Report on the working of the Ranchi Indian Mental Hospital, Kanke, in Bihar and Orissa - 1930-1940
Year: 1930
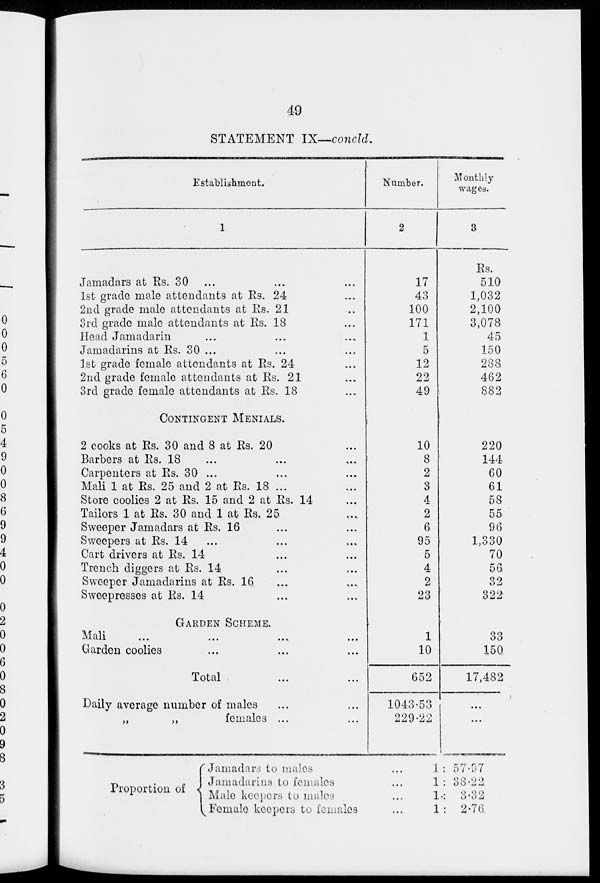
49
STATEMENT IX—concld.
Establishment.
1
Jamadars at Rs. 30 ... ... ...
1st grade male attendants at Rs. 24 ...
2nd grade male attendants at Rs. 21 ...
3rd grade male attendants at Rs. 18 ...
Head Jamadarin ... ... ...
Jamadarins at Rs. 30 ... ... ...
1st grade female attendants at Rs. 24 ...
2nd grade female attendants at Rs. 21 ...
3rd grade female attendants at Rs. 18 ...
CONTINGENT MENIALS.
2 cooks at Rs. 30 and 8 at Rs. 20 ...
Barbers at Rs. 18 ... ... ...
Carpenters at Rs. 30 ... ... ...
Mali 1 at Rs. 25 and 2 at Rs. 18 ... ...
Store coolies 2 at Rs. 15 and 2 at Rs. 14 ...
Tailors 1 at Rs. 30 and 1 at Rs. 25 ...
Sweeper Jamadars at Rs. 16 ... ...
Sweepers at Rs. 14
... ... ...
Cart drivers at Rs. 14 ... ...
Trench diggers at Rs. 14 ... ...
Sweeper Jamadarins at Rs. 16 ... ...
Sweepresses at Rs. 14 ... ...
GARDEN SCHEME.
Mali ... ... ...
Garden coolies ... ... ...
Total ... ...
Daily average number of males ... ...
„
„
females ... ...
Proportion of
Number.
2
17
43
100
171
1
5
12
22
49
10
8
2
3
4
2
6
95
5
4
2
23
1
10
652
1043.53
229.22
Jamadars to males ...
Jamadarins to females ...
Male keepers to males ...
Female keepers to females ...
Monthly
wages.
3
Rs.
510
1,032
2,100
3,078
45
150
288
462
882
220
144
60
61
58
55
96
1,330
70
56
32
322
33
150
17,482
...
...
1 : 57.97
1: 38.22
1: 3. 32
1 : 2.76